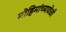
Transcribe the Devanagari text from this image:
मोहिमांच्यावेळी